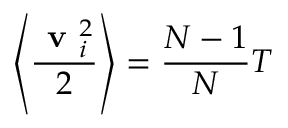
\left\langle \frac { \textbf { v } _ { i } ^ { 2 } } { 2 } \right\rangle = \frac { N - 1 } { N } T